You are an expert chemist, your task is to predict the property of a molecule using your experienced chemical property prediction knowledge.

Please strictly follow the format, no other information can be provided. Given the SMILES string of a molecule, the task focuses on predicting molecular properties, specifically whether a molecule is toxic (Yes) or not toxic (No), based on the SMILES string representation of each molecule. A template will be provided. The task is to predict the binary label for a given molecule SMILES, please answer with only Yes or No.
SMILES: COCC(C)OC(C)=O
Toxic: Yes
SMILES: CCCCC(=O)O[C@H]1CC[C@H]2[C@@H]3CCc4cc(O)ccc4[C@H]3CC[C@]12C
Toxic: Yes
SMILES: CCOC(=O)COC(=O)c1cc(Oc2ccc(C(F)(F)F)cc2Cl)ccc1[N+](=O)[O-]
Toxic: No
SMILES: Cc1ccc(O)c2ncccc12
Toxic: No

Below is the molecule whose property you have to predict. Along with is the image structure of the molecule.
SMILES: Nc1cc(C(Cl)=C(Cl)Cl)c(S(N)(=O)=O)cc1S(N)(=O)=O
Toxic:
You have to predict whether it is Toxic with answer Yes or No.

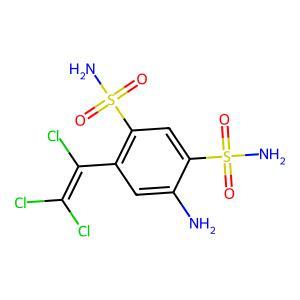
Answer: No